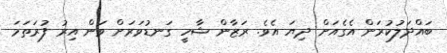
ބައްދަލުކުރަން އެގެއަށް ދިޔަ އެވެ. ރަޒާން ޝާހީ ގަނޑުވަރަށް ވަން އިރު ފުރަތަމަ